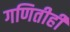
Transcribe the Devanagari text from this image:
गणितीही